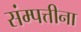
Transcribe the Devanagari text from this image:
संम्पत्तीना